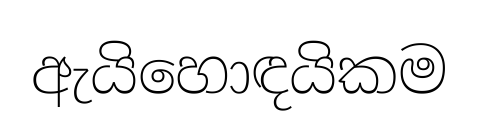
ඇයිහොඳයිකම